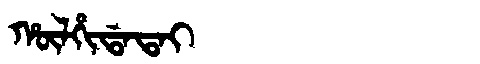
Manchu: ᡥᡡᠯᡥᡳᡩᠠᡨᠠᡳ
Romanization: HŪLHIDATAI